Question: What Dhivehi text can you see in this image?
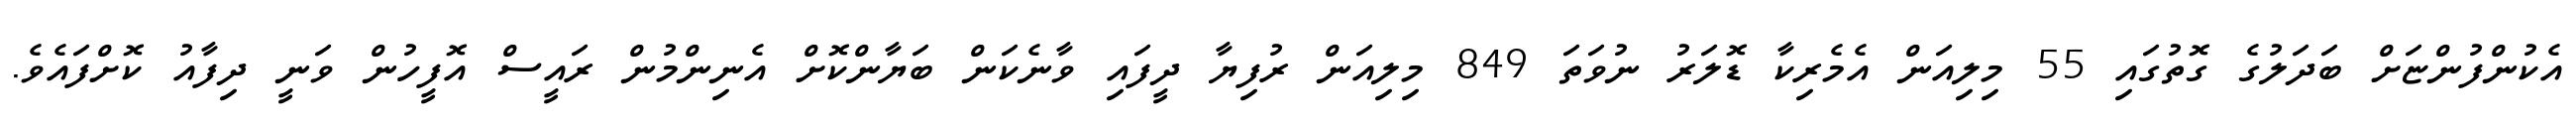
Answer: އެކުންފުންޏަށް ބަދަލުގެ ގޮތުގައި 55 މިލިއަން އެމެރިކާ ޑޮލަރު ނުވަތަ 849 މިލިއަން ރުފިޔާ ދީފައި ވާނެކަން ބަޔާންކޮށް އެނިންމުން ރައީސް އޮފީހުން ވަނީ ދިފާއު ކޮށްފައެވެ.